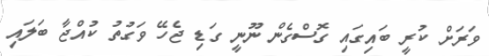
ވަރަށް ކުރީ ބައިގައި ގޮސްގެން ނޫނީ ގަޑި ޖެހޭ ވަގުތު ކުއްޖާ ބަލައި